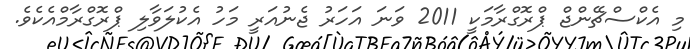
މި އެކްސްޗޭންޖް ޕްރޮގްރާމަކީ 2011 ވަނަ އަހަރު ޖެނުއަރީ މަހު އެކުލަވާލި ޕްރޮގްރާމްއެކެވެ.